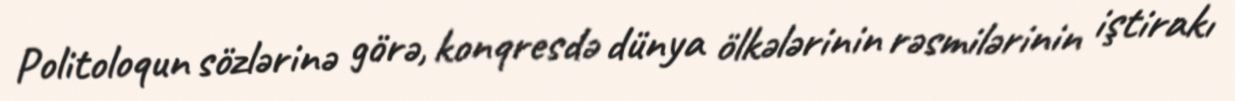
Politoloqun sözlərinə görə, konqresdə dünya ölkələrinin rəsmilərinin iştirakı